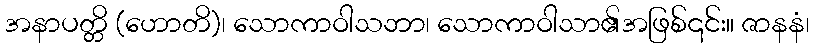
အနာပတ္တိ (ဟောတိ)၊ သောကာဝါသဘာ၊ သောကာဝါသာ၏အဖြစ်၎င်း။ ဇာနနံ၊